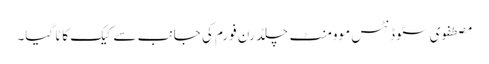
مصطفوی سٹوڈنٹس موومنٹ چلڈرن فورم کی جانب سے کیک کاٹا گیا۔